Lunatic asylums Punjab 1881-1894 - 1881-1894
Year: 1881
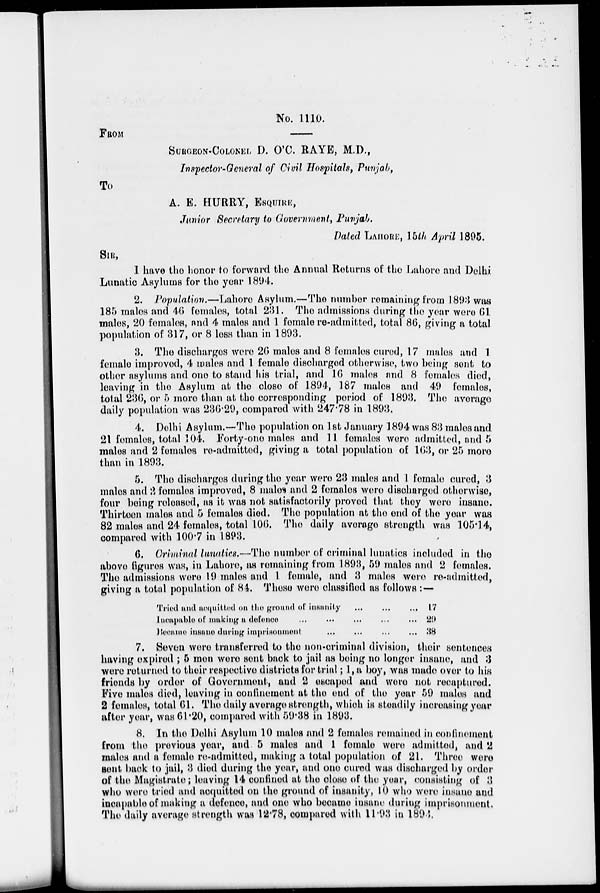
No. 1110.
FROM
SURGEON-COLONEL D. O'C. RAYE, M.D.,
Inspector-General of Civil Hospitals, Punjab,
To
A. E. HURRY, ESQUIRE,
Junior Secretary to Government, Punjab.
Dated LAHORE, 15th April 1895.
SIR,
I have the honor to forward the Annual Returns of the Lahore and Delhi
Lunatic Asylums for the year 1894.
2. Population.—Lahore Asylum.—The number remaining from 1893 was
185 males and 46 females, total 231. The admissions during the year were 61
males, 20 females, and 4 males and 1 female re-admitted, total 86, giving a total
population of 317, or 8 less than in 1893.
3. The discharges were 26 males and 8 females cured, 17 males and 1
female improved, 4 males and 1 female discharged otherwise, two being sent to
other asylums and one to stand his trial, and 16 males and 8 females died,
leaving in the Asylum at the close of 1894, 187 males and 49 females,
total 236, or 5 more than at the corresponding period of 1893. The average
daily population was 236.29, compared with 247.78 in 1893.
4. Delhi Asylum.—The population on 1 st January 1894 was 83 males and
21 females, total 104. Forty-one males and 11 females were admitted, and 5
males and 2 females re-admitted, giving a total population of 163, or 25 more
than in 1893.
5. The discharges during the year were 23 males and 1 female cured, 3
males and 2 females improved, 8 males and 2 females were discharged otherwise,
four being released, as it was not satisfactorily proved that they were insane.
Thirteen males and 5 females died. The population at the end of the year was
82 males and 24 females, total 106. The daily average strength was 105.14,
compared with 100.7 in 1893.
6. Criminal lunatics.—The number of criminal lunatics included in the
above figures was, in Lahore, as remaining from 1893, 59 males and 2 females.
The admissions were 19 males and 1 female, and 3 males were re-admitted,
giving a total population of 84. These were classified as follows :—
Tried and acquitted on the ground of insanity
...
...
...
lncapable of making a defence ... ... ... ... ...
Became insane during imprisonment ... ... ... ...
17
29
38
7. Seven were transferred to the non-criminal division, their sentences
having expired ; 5 men were sent back to jail as being no longer insane, and 3
were returned to their respective districts for trial ; 1, a boy, was made over to his
friends by order of Government, and 2 escaped and were not recaptured.
Five males died, leaving in confinement at the end of the year 59 males and
2 females, total 61. The daily average strength, which is steadily increasing year
after year, was 61.20, compared with 59.38 in 1893.
8. In the Delhi Asylum 10 males and 2 females remained in confinement
from the previous year, and 5 males and 1 female were admitted, and 2
males and a female re-admitted, making a total population of 21. Three were
sent back to jail, 3 died during the year, and one cured was discharged by order
of the Magistrate; leaving 14 confined at the close of the year, consisting of 3
who were tried and acquitted on the ground of insanity, 10 who were insane and
incapable of making a defence, and one who became insane during imprisonment.
The daily average strength was 12.78, compared with 11.93 in 1893.